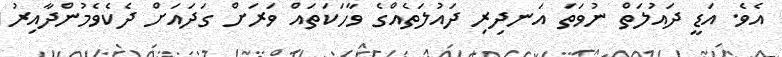
އެވެ. އަޑީ ދައުލަތް ނުވަތަ އަނދިރި ދައުލަތެއްގެ ވާހަކަތައް ވަރަށް ގަދައަށް ދެކެވެމުންދާއިރު